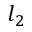
l _ { 2 }